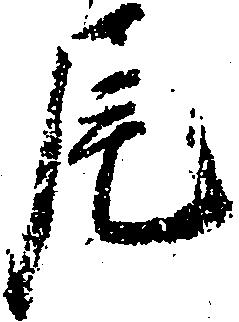
尾